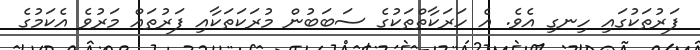
ފަރުތަކުގައި ހިނގި އެވެ. އެ ހަރަކާތްތަކުގެ ސަބަބުން މުރަކަތަކާއި ފަރުތައް މަރުވެ އެކަމުގެ